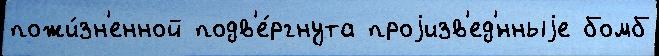
пожи́зн'енной подв'е́ргнута проjизв'ед'́нныjе бомб